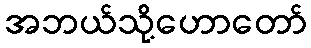
အဘယ်သို့ဟောတော်